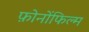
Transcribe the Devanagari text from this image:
फ़ोनोंफिल्म